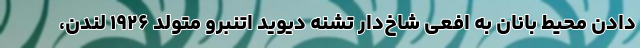
دادن محیط بانان به افعی شاخ‌دار تشنه دیوید اتنبرو متولد ۱۹۲۶ لندن،